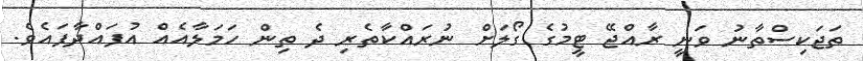
ތަޖަކިސްތާނު ވަނީ ރާއްޖޭ ޓީމުގެ ގޯލަށް ނުރައްކާތެރި ދެ ތިން ހަމަލާއެއް އުފައްދާފައެވެ.